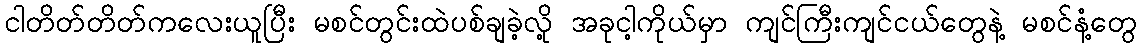
ငါတိတ်တိတ်ကလေးယူပြီး မစင်တွင်းထဲပစ်ချခဲ့လို့ အခုငါ့ကိုယ်မှာ ကျင်ကြီးကျင်ငယ်တွေနဲ့ မစင်နံ့တွေ